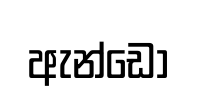
ඇන්ඩො